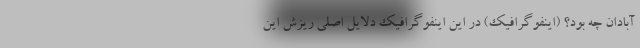
آبادان چه بود؟ (اینفوگرافیک) در این اینفوگرافیک دلایل اصلی ریزش این